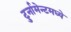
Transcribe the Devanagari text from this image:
टुर्नामेन्टमध्ये